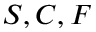
S , C , F